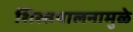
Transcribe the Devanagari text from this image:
शिस्तपालनामुळे